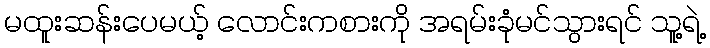
မထူးဆန်းပေမယ့် လောင်းကစားကို အရမ်းခုံမင်သွားရင် သူ့ရဲ့